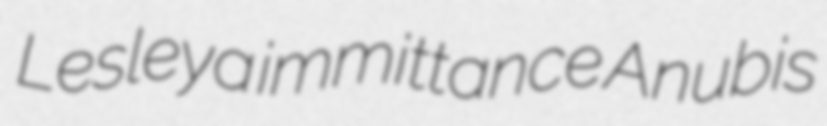
Lesleya immittance Anubis